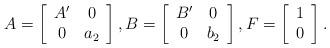
LaTeX: \begin{align*} A= \left[\begin{array}{cc} A' & 0 \\ 0 & a_2 \end{array} \right], B= \left[\begin{array}{cc} B' & 0 \\ 0 & b_2 \end{array} \right], F =\left[\begin{array}{c} 1\\ 0 \end{array}\right]. \end{align*}